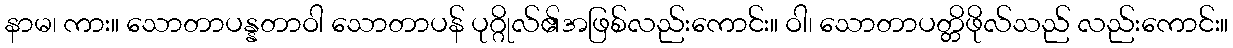
နာမ၊ ကား။ သောတာပန္နတာဝါ သောတာပန် ပုဂ္ဂိုလ်၏အဖြစ်လည်းကောင်း။ ဝါ၊ သောတာပတ္တိဖိုလ်သည် လည်းကောင်း။